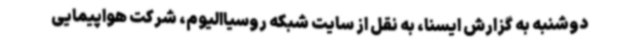
دوشنبه به گزارش ایسنا، به نقل از سایت شبکه روسیاالیوم، شرکت هواپیمایی